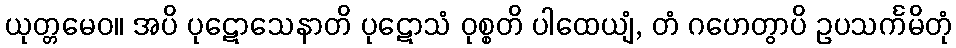
ယုတ္တမေဝ။ အပိ ပုဋောသေနာတိ ပုဋောသံ ဝုစ္စတိ ပါထေယျံ, တံ ဂဟေတွာပိ ဥပသင်္ကမိတုံ